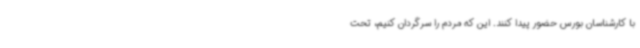
با کارشناسان بورس حضور پیدا کنند. این که مردم را سرگردان کنیم، تحت